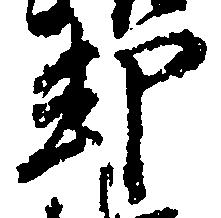
却